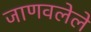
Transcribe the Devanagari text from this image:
जाणवलेले